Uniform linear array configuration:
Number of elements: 16
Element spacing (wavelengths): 0.75
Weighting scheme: cosine
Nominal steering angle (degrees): -30
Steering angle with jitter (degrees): -29.58
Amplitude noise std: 0.05
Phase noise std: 0.05

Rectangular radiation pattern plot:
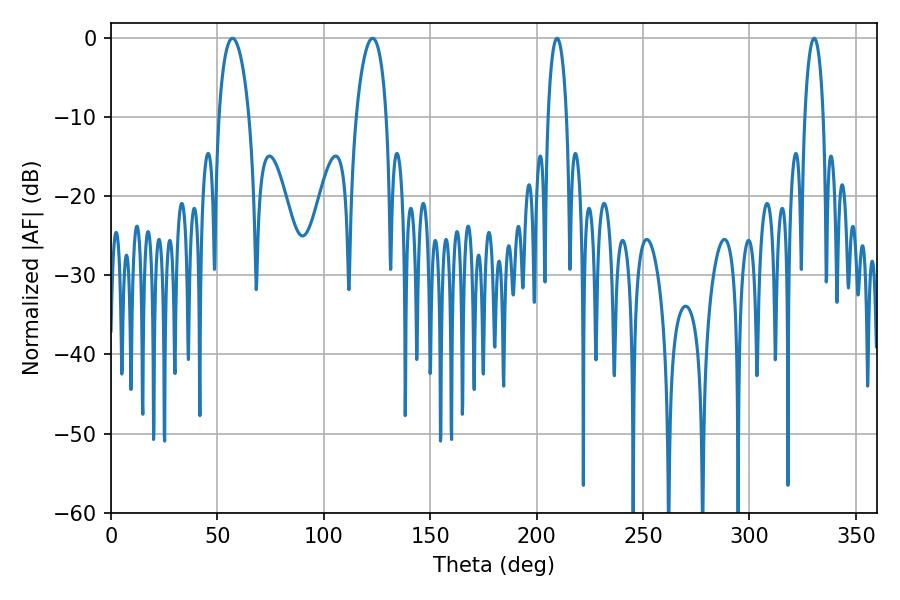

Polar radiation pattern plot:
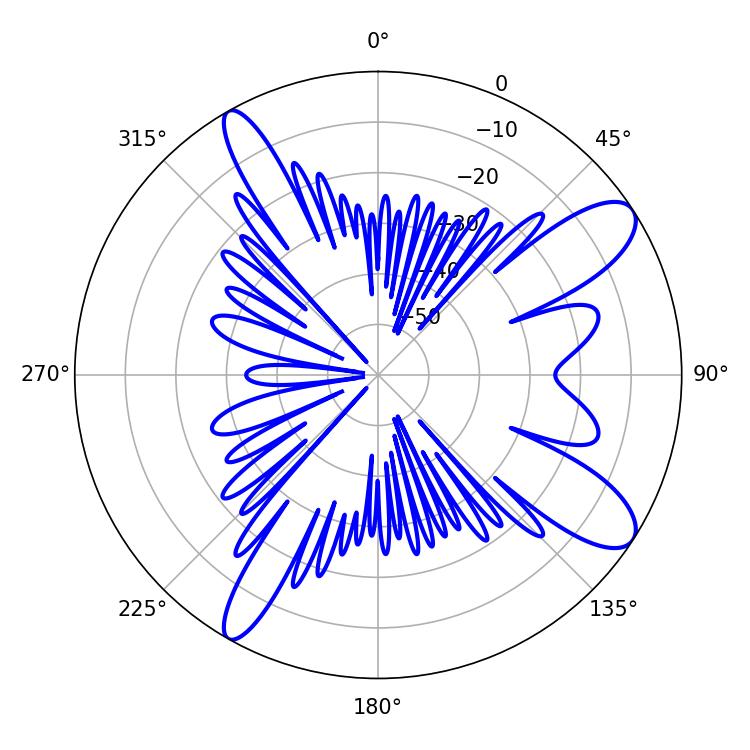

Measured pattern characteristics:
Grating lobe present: TRUE
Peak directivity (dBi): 10.757
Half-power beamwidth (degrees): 8.1
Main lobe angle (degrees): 57.06